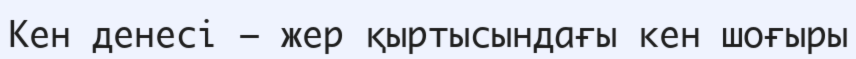
Кен денесі — жер қыртысындағы кен шоғыры